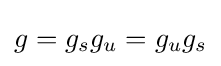
g=g_{s}g_{u}=g_{u}g_{s}